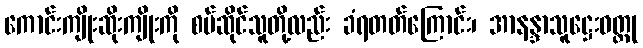
ကောင်းကျိုးဆိုးကျိုးကို စပ်ဆိုင်သူတို့လည်း ခံရတတ်ကြောင်း၊ အာနန္ဒာသူဋ္ဌေးဝတ္ထု